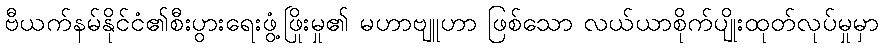
ဗီယက်နမ်နိုင်ငံ၏စီးပွားရေးဖွံ့ဖြိုးမှု၏ မဟာဗျူဟာ ဖြစ်သော လယ်ယာစိုက်ပျိုးထုတ်လုပ်မှုမှာ